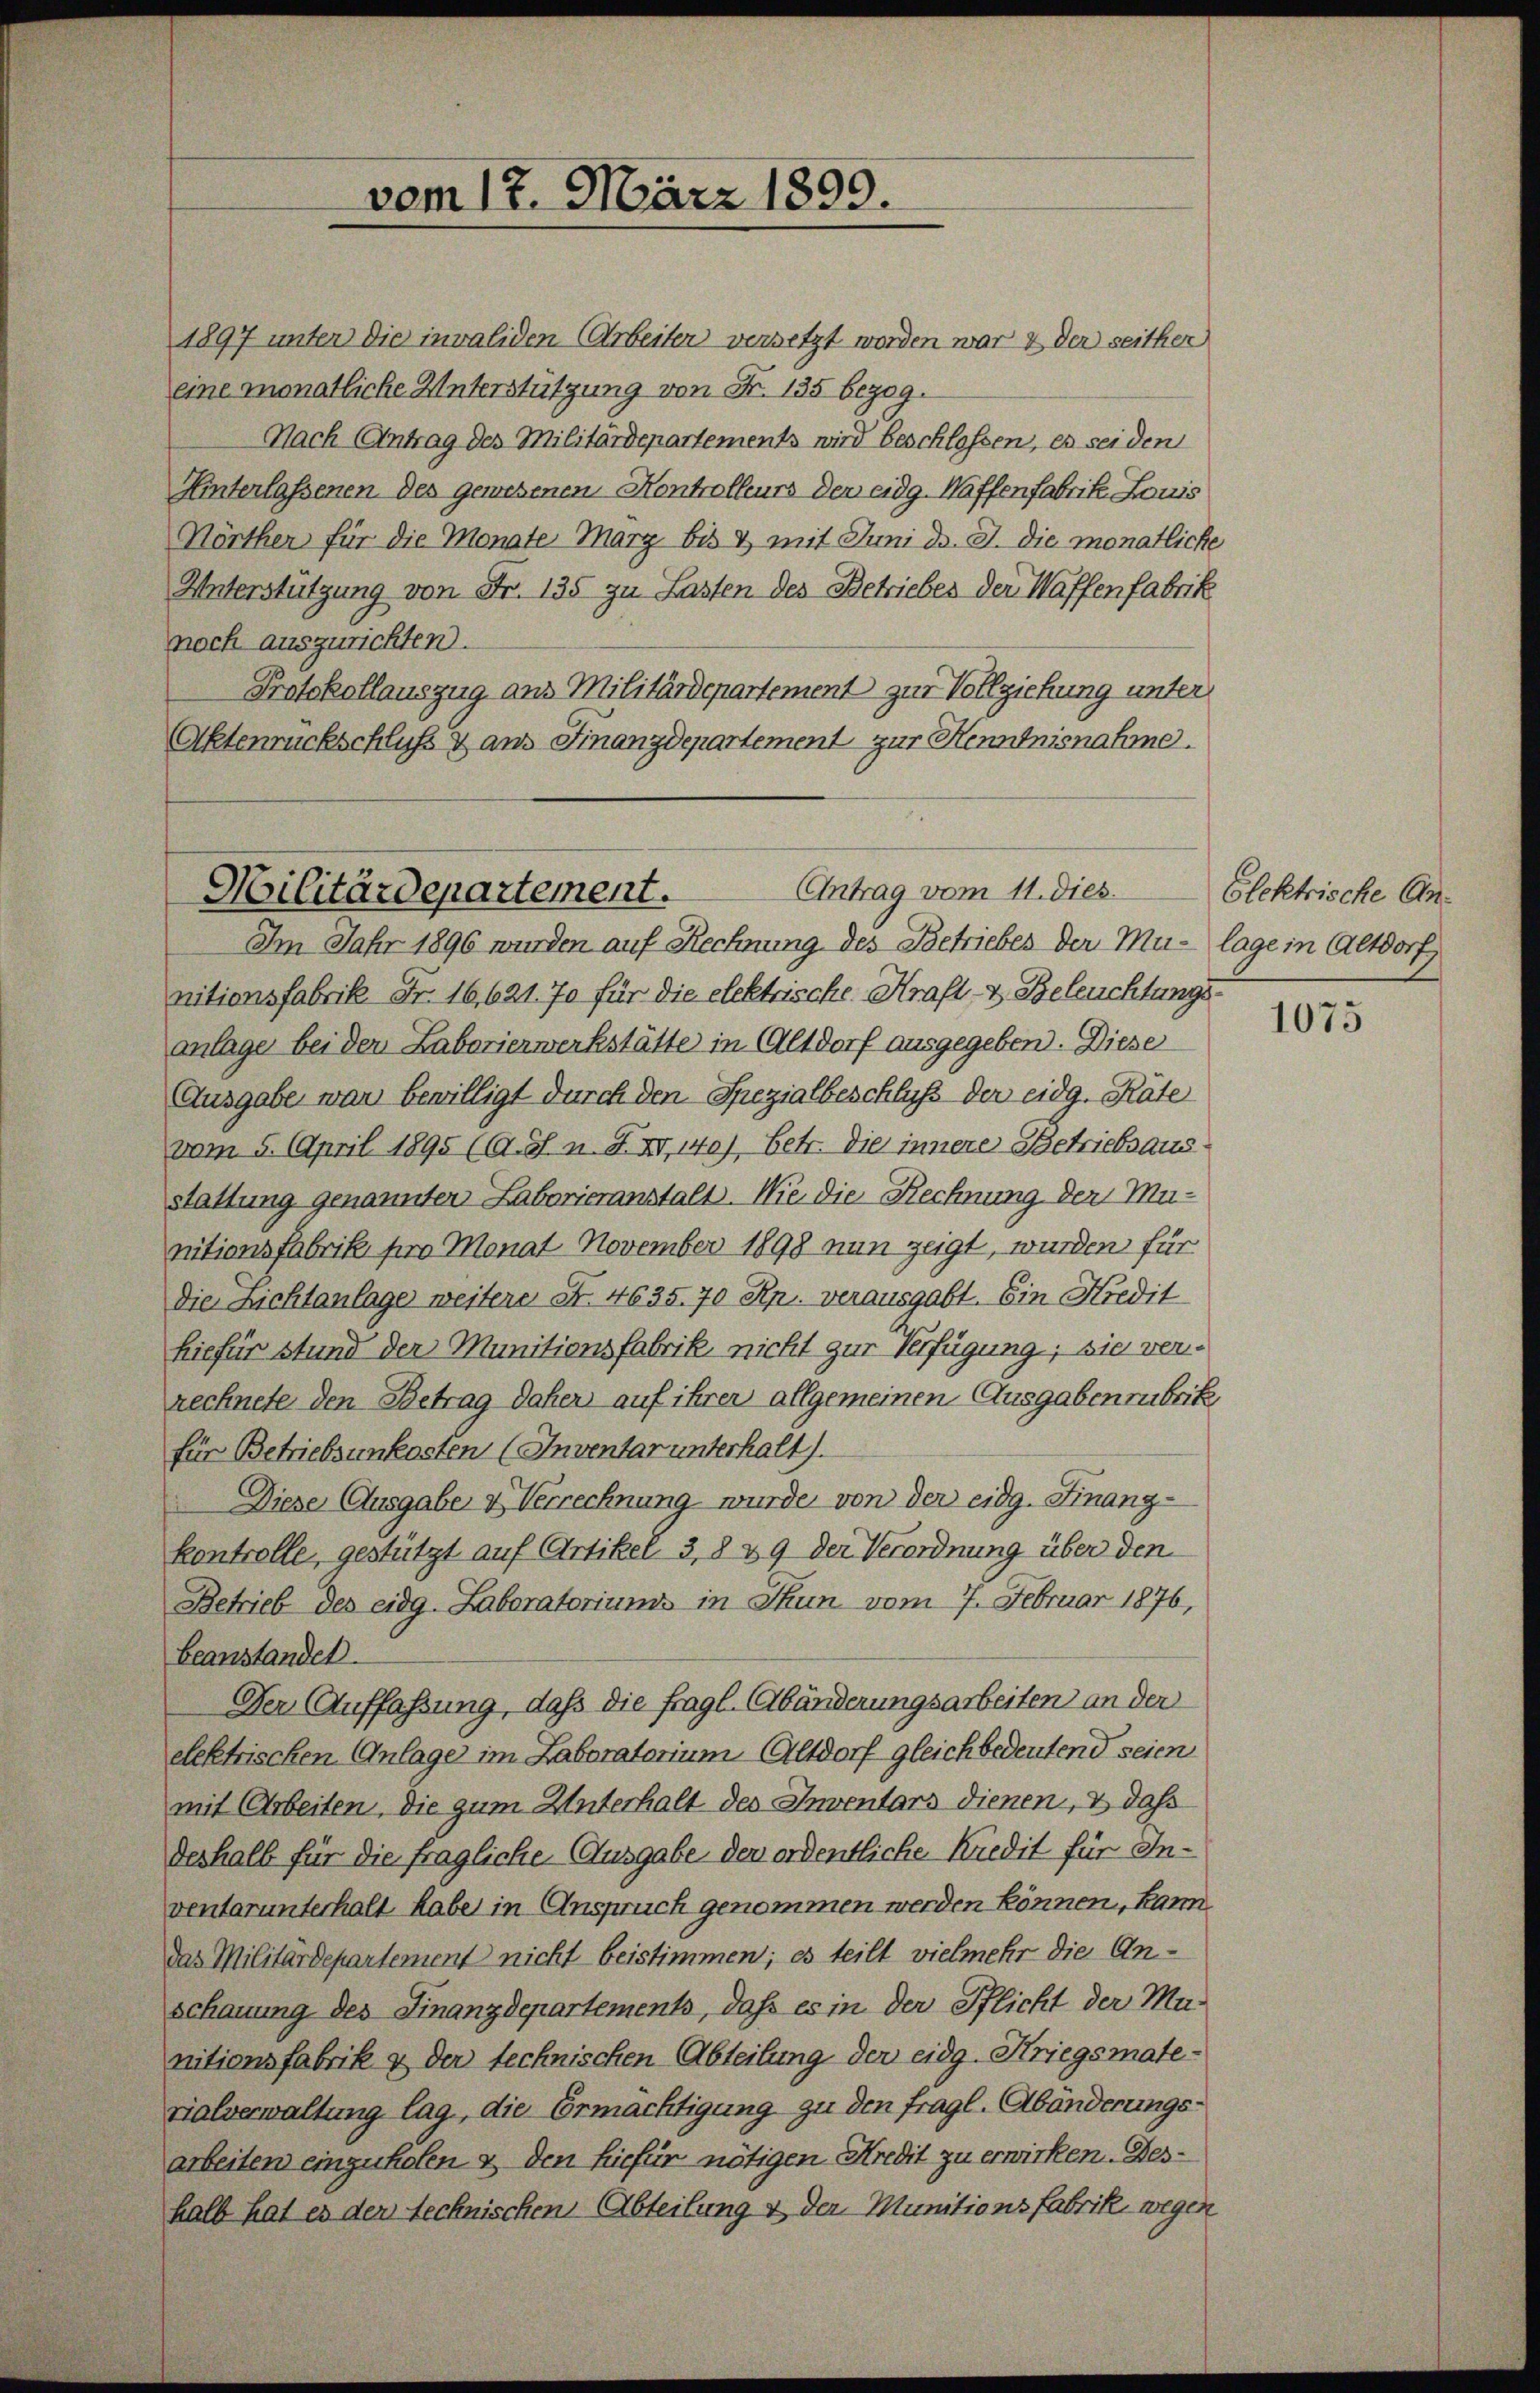
1897 unter die invaliden Arbeiter versetzt worden war & der seither
eine monatliche Unterstützung von Fr. 135 bezog.
Nach Antrag des Militärdepartements wird beschlossen, es seiden
Hinterlassenen des gewesenen Kontrolleurs den eidg. Waffenfabrik Louis
Hörther für die Monate Marg bis & mit Juni d. J. die monatliche
Unterstützung von Fr. 135 zu Lasten des Betriebes der Waffenfabrik
noch auszurichten.
Protokollauszug aus Militärdepartement zur Vollziehung unter
Aktenrückschluß & aus Finanzdepartement zur Kenntnisnahme.

vom 12. März 1899.

Antrag vom 11. dies
Militärdepartement.

Im Jahr 1896 wurden auf Rechnung des Betriebes der Mu- lage in Altdorf
nitionsfabrik Fr. 16,621. 70 für die elektrische Kraft- & Beleuchtungsanlage bei der Laborierwerkstätte in Altdorf ausgegeben. Diese
Ausgabe war bewilligt durch den Spezialbeschluß der eidg. Räte
vom 5. April 1895 (O. S. n. F. XI. 140), betr. die innere Betriebsaus
stattung genannten Laborieranstalt. Wie die Rechnung der Munitionsfabrik pro Monat November 1898 nun zeigt, wurden für
Die Lichtanlage weitere Nr. 4635. 70 Rp. verausgabt. Ein Kredit
hiefür stund der Munitionsfabrik nicht zur Verfügung; sie verrechnete den Betrag daher auf ihrer allgemeinen Ausgaben rubrik,
für Betriebsunkosten (Inventar unterhalt).
Diese Ausgabe & Verrechnung wurde von der eidg. Finanz-
kontrolle, gestützt auf Artikel 3,8 & 9 der Verordnung über den
Betrieb des eidg. Laboratoriums in Thun vom 7. Februar 1876,
beanstander
Der Auffassung, daß die fragl. Abänderungsarbeiten an der
elektrischen Anlage im Laboratorium Altdorf gleichbedeutend seien
mit Arbeiten, die zum Unterhalt des Inventars dienen, & daß
derhalb für die fragliche Ausgabe der ordentliche Kredit für Inventarunterhalt haber in Anspruch genommen werden können, kann
das Militärdepartement nicht beistimmen; es teilt vielmehr die Anschauung des Finanzdepartements, daß es in der Pflicht der Ma-
nitionsfabrik & der technischen Abteilung der eidg. Kriegsmate-
vialverwaltung lag, die Ermächtigung zu den fragl. Abänderungsarbeiten einzuholen & den hiefür nötigen Kredit zu erwirken. Des-
halb hat es den Rechnischen Abteilung & der Munitionsfabrik wegen

Elektrische An¬

1075